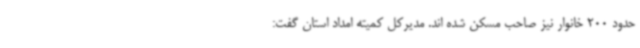
حدود 200 خانوار نیز صاحب مسکن شده اند. مدیرکل کمیته امداد استان گفت: